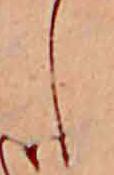
し